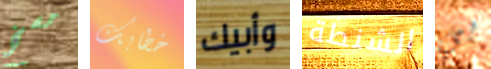
مسخ خطابك وأبيك الشنطة بي